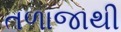
તળાજાથી